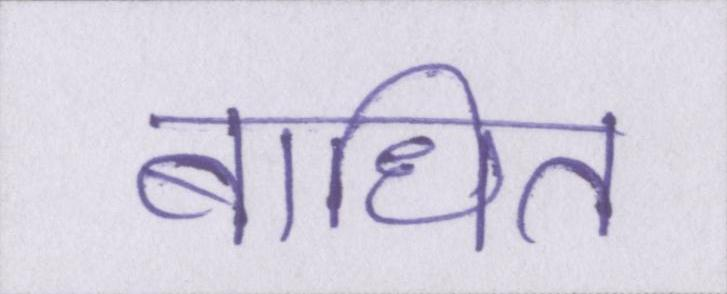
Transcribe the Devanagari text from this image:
बाधित